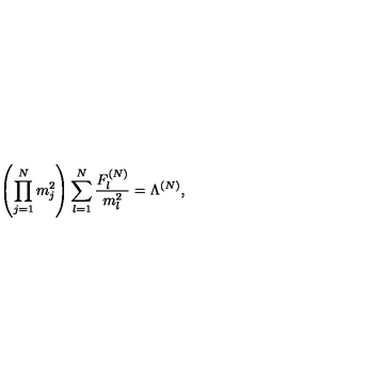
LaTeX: \left( \prod _ { j = 1 } ^ { N } m _ { j } ^ { 2 } \right) \sum _ { l = 1 } ^ { N } \frac { F _ { l } ^ { ( N ) } } { m _ { l } ^ { 2 } } = \Lambda ^ { ( N ) } ,